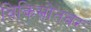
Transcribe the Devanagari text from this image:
विकिस्रोतवर